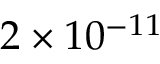
2 \times 1 0 ^ { - 1 1 }